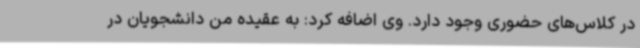
در کلاس‌های حضوری وجود دارد. وی اضافه کرد: به عقیده من دانشجویان در